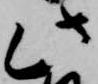
此